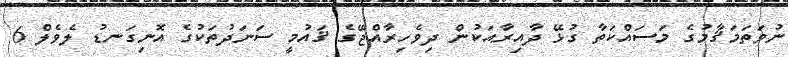
ނުވަތަމަޤާމުގެ މަސައްކަތާ ގުޅޭ ދާއިރާއަކުން ދިވެހިރާއްޖޭގެ ޤައުމީ ސަނަދުތަކުގެ އޮނިގަނޑު ލެވެލް 6